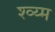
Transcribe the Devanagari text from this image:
श्व्य्म